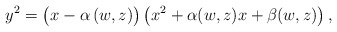
\begin{align*}y^2 = \left(x\vphantom{x^2}-\alpha\left(w,z\right)\right)\left(x^2+\alpha(w,z)x+\beta(w,z)\right), \end{align*}